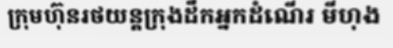
ក្រុមហ៊ុនរថយន្តក្រុងដឹកអ្នកដំណើរ មីហុង